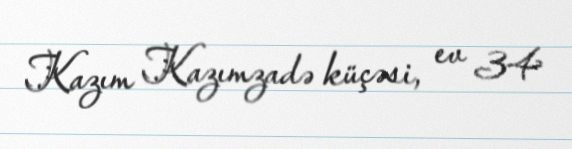
Kazım Kazımzadə küçəsi, ev 34